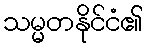
သမ္မတနိုင်ငံ၏